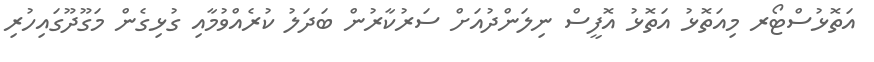
އަތޮޅުސްޓޯރ މިއަތޮޅު އަތޮޅު އޮފީސް ނިލަންދުއަށް ސަރުކާރުން ބަދަލު ކުރެއްވުމާއި ގުޅިގެން މަގޫދޫގައިހުރި